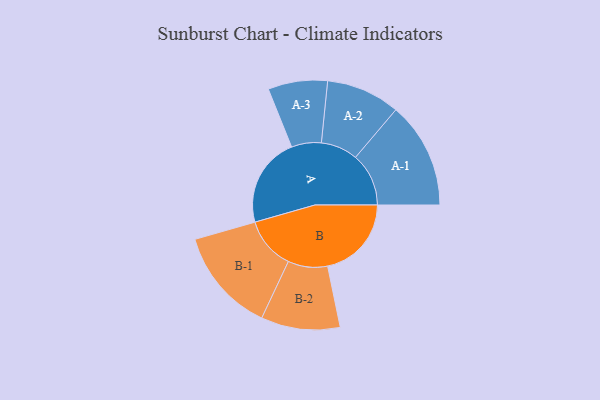
{"axis": {"x": "Segment", "y": "Value"}, "legend": ["", "A", "B"], "data": [{"x": "A", "y": 487, "type": ""}, {"x": "B", "y": 454, "type": ""}, {"x": "A-1", "y": 288, "type": "A"}, {"x": "A-2", "y": 200, "type": "A"}, {"x": "A-3", "y": 161, "type": "A"}, {"x": "B-1", "y": 283, "type": "B"}, {"x": "B-2", "y": 214, "type": "B"}]}